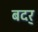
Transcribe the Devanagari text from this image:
बदर्